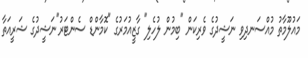
މައުލޫމާތު މުއްސަނދިވި ނަޝީދުގެ ވެރިކަން "ބިމުން ލުހެލި" ގާޒީއުމަރުގެ "ކޮމާންޑް ސެންޓަރު"ނަޝީދުގެ ޝަރީއަތާ